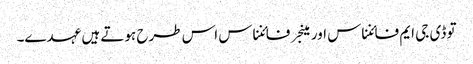
تو ڈی جی ایم فائنناس اور مینجر فائنناس اس طرح ہوتے ہیں عہدے۔